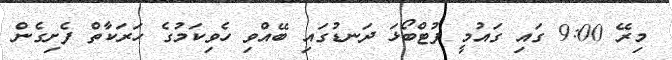
މިރޭ 9:00 ގައި ގައުމީ ފުޓްބޯޅަ ދަނޑުގައި ބޭއްވި ހެވިކަމުގެ ހަރަކާތް ފެށިގެން